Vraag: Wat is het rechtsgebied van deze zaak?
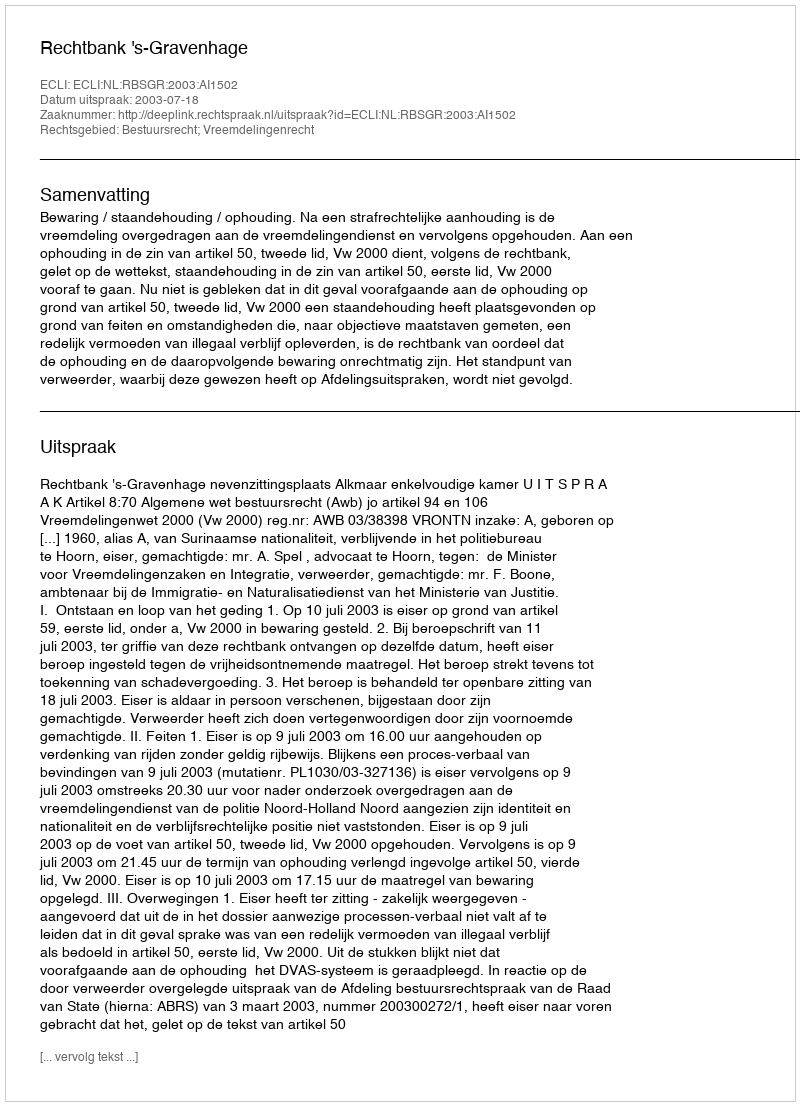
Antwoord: Bestuursrecht; Vreemdelingenrecht